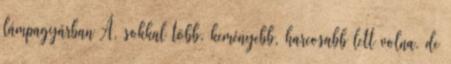
lámpagyárban Á, sokkal több, keményebb, harcosabb lett volna, de